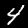
Digit: 4